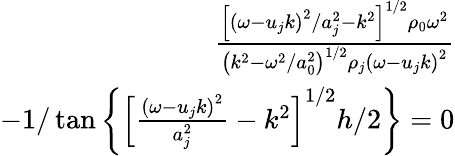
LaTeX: \begin{array}{r}{\frac{\left[\left(\omega-u_{j}k\right)^{2}/a_{j}^{2}-k^{2}\right]^{1/2}\rho_{0}\omega^{2}}{\left(k^{2}-\omega^{2}/a_{0}^{2}\right)^{1/2}\rho_{j}\left(\omega-u_{j}k\right)^{2}}}\\ {-1/\tan\left\{ \left[\frac{\left(\omega-u_{j}k\right)^{2}}{a_{j}^{2}}-k^{2}\right]^{1/2}h/2\right\} =0}\end{array}